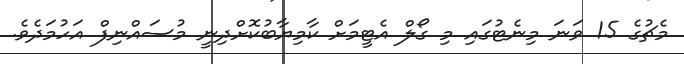
މެޗުގެ 15 ވަނަ މިނެޓުގައި މި ގޯލް އެޓީމަށް ކާމިޔާބުކޮށްދިނީ މުސައްނިފް އަހުމަދެވެ.